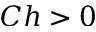
C h > 0